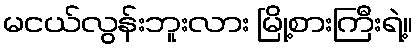
မငယ်လွန်းဘူးလား မြို့စားကြီးရဲ့။